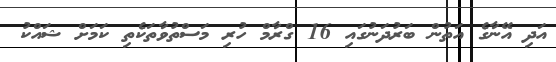
އަދި އޭނާގެ އަތުން ބަރުދަނުގައި 16 ގްރާމް ހުރި މަސްތުވާތަކެތި ކަމަށް ޝައްކު